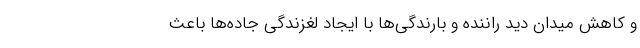
و کاهش میدان دید راننده و بارندگی‌ها با ایجاد لغزندگی جاده‌ها باعث